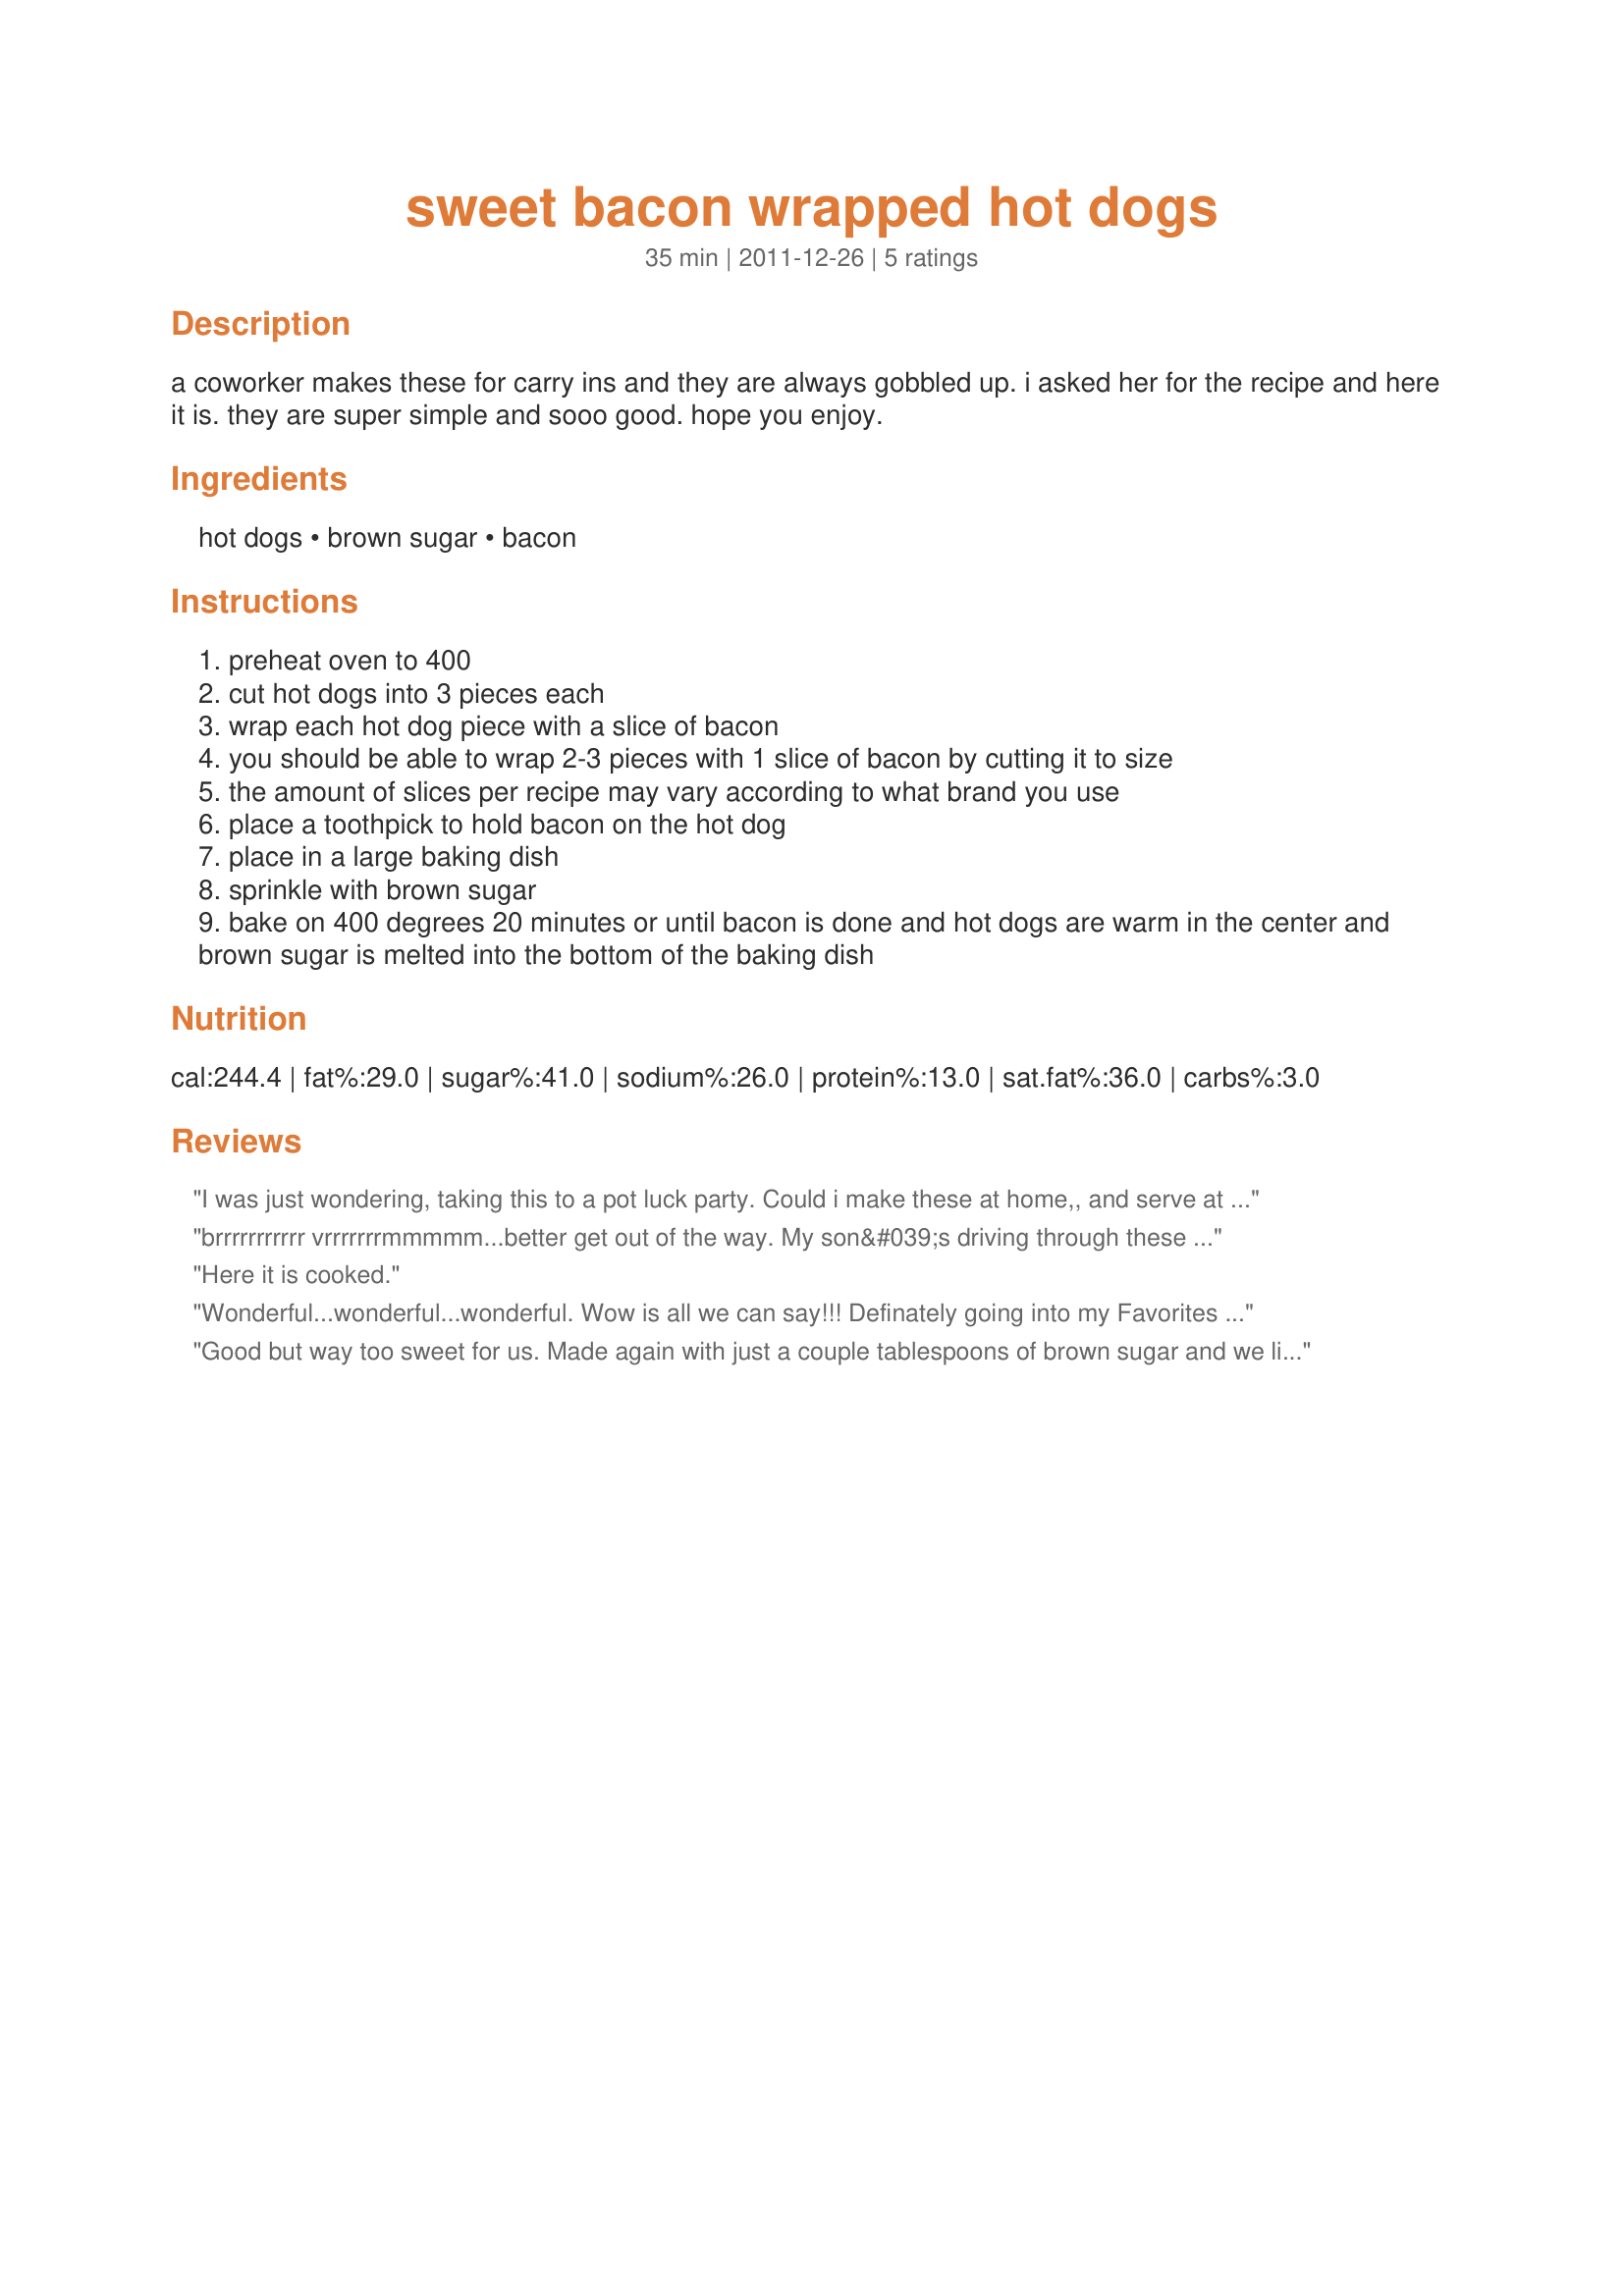
sweet bacon wrapped hot dogs
Preparation time: 35 minutes

a coworker makes these for carry ins and they are always gobbled up. i asked her for the recipe and here it is. they are super simple and sooo good. hope you enjoy.

Ingredients:
hot dogs, brown sugar, bacon

Steps:
preheat oven to 400
cut hot dogs into 3 pieces each
wrap each hot dog piece with a slice of bacon
you should be able to wrap 2-3 pieces with 1 slice of bacon by cutting it to size
the amount of slices per recipe may vary according to what brand you use
place a toothpick to hold bacon on the hot dog
place in a large baking dish
sprinkle with brown sugar
bake on 400 degrees 20 minutes or until bacon is done and hot dogs are warm in the center and brown sugar is melted into the bottom of the baking dish

Reviews:
I was just wondering, taking this to a pot luck party. Could i make these at home,, and serve at room temp. cuz by the time i make them. They wont get eaten till 3 hrs. later, would i have to nuke them, they do have a m.w. but no oven. any suggestions, plz
brrrrrrrrrrr vrrrrrrrmmmmm...better get out of the way. My son&#039;s driving through these like he&#039;s Mario Andretti.
Here it is cooked.
Wonderful...wonderful...wonderful. Wow is all we can say!!! Definately going into my Favorites of 2013 and I will be making these for the holidays. So easy, simple and delicious! Thank you for posting and I made these as written. Made for My 3 Chefs tag game.
Good but way too sweet for us. Made again with just a couple tablespoons of brown sugar and we liked it a lot better. Served with mustard for dipping.
